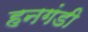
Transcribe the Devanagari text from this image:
हनगंडी